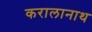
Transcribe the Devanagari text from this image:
करालानाथ